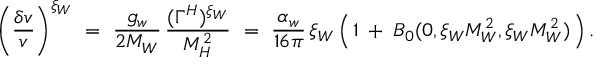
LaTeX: \bigg ( \frac { \delta v } { v } \bigg ) ^ { \xi _ { W } } \ = \ \frac { g _ { w } } { 2 M _ { W } } \, \frac { ( \Gamma ^ { H } ) ^ { \xi _ { W } } } { M _ { H } ^ { 2 } } \ = \ \frac { \alpha _ { w } } { 1 6 \pi } \, \xi _ { W } \, \Big ( \, 1 \: + \: B _ { 0 } ( 0 , \xi _ { W } M _ { W } ^ { 2 } , \xi _ { W } M _ { W } ^ { 2 } ) \, \Big ) \, .